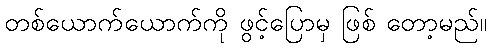
တစ်ယောက်ယောက်ကို ဖွင့်ပြောမှ ဖြစ် တော့မည်။